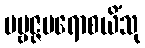
ပဗ္ဗဇ္ဇမရောစယိံသု